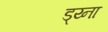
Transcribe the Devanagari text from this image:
ड्य्ना